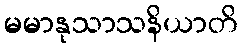
မမာနုသာသနိယာတိ